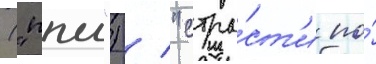
("ппш") / "стра́ст'и по́